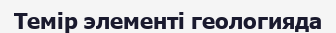
Темір элементі геологияда